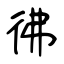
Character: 彿